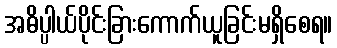
အဓိပ္ပါယ်ပိုင်းခြားကောက်ယူခြင်းမရှိစေရ။